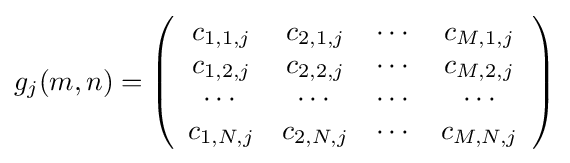
g_{j}(m,n)=\left({\begin{array}{cccc}c_{1,1,j}&c_{2,1,j}&\cdots &c_{M,1,j}\\c_{1,2,j}&c_{2,2,j}&\cdots &c_{M,2,j}\\\cdots &\cdots &\cdots &\cdots \\c_{1,N,j}&c_{2,N,j}&\cdots &c_{M,N,j}\\\end{array}}\right)